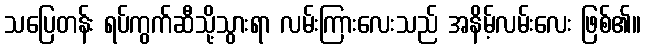
သပြေတန်း ရပ်ကွက်ဆီသို့သွားရာ လမ်းကြားလေးသည် အနိမ့်လမ်းလေး ဖြစ်၏။